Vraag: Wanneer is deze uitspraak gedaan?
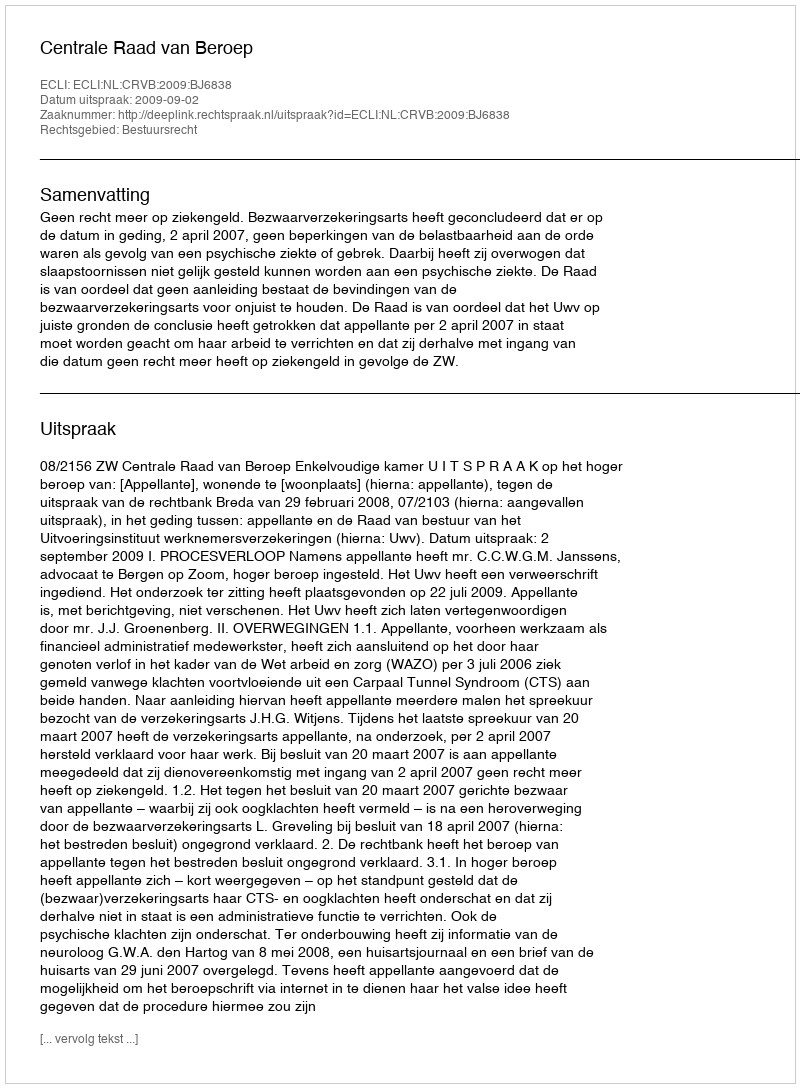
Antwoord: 2009-09-02